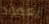
العمود